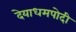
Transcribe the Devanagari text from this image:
देयाधमपोदी